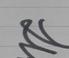
Signature authenticity: genuine